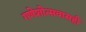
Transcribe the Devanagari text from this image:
गणेशोत्सवासही